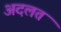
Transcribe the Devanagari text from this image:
अदलत